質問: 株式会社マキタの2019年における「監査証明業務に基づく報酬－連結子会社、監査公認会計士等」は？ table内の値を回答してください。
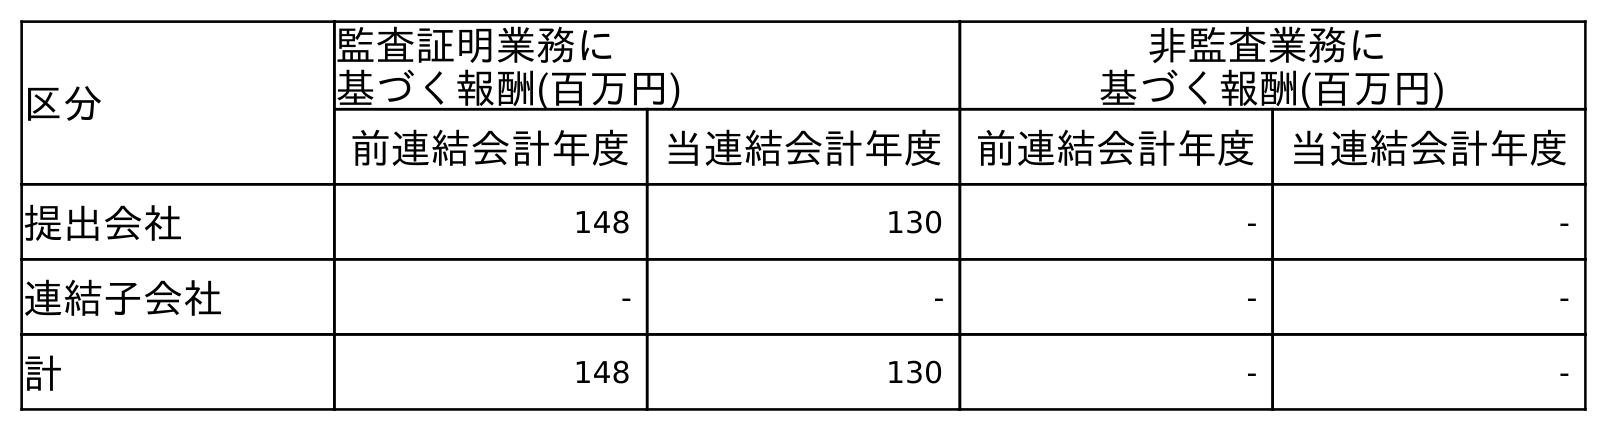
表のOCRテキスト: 区分 監査証明業務に 基づく報酬(百万円) 非監査業務に 基づく報酬(百万円) 前連結会計年度 当連結会計年度 前連結会計年度 当連結会計年度 提出会社 148 130 - - 連結子会社 - - - - 計 148 130 - -
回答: -